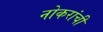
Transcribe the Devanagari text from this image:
नोकरांची